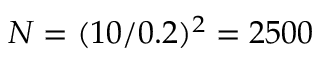
N = ( { 1 0 } / { 0 . 2 } ) ^ { 2 } = 2 5 0 0